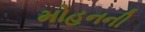
મોહનની